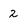
Character: 2